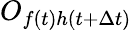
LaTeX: O_{f(t)h(t+\Delta t)}